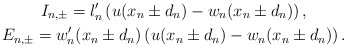
\begin{gather*}I_{n, \pm} = l_n'\left(u (x_n \pm d_n)- w_n(x_n \pm d_n)\right),\\E_{n, \pm} = w_n' (x_n \pm d_n) \left( u(x_n \pm d_n) - w_n(x_n \pm d_n)\right).\end{gather*}